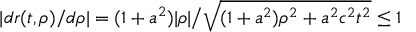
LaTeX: \textstyle | d r ( t , \rho ) / d \rho | = ( 1 + a ^ { 2 } ) | \rho | { \big / } { \sqrt { ( 1 + a ^ { 2 } ) \rho ^ { 2 } + a ^ { 2 } c ^ { 2 } t ^ { 2 } } } \leq 1